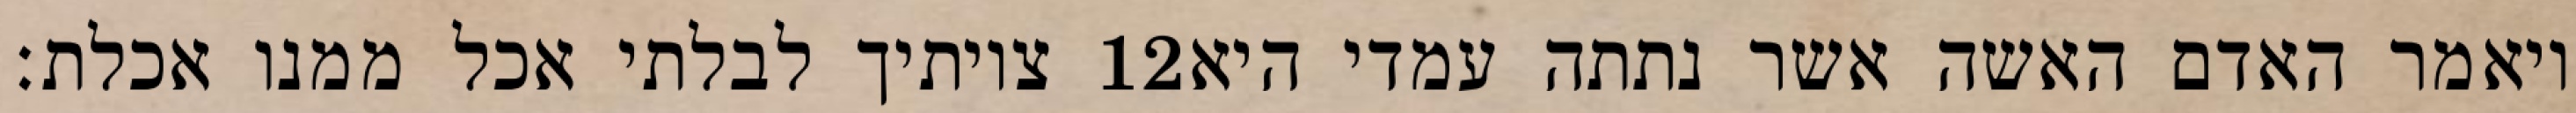
צויתיך לבלתי אכל ממנו אכלת׃ ‎12‏ ויאמר האדם האשה אשר נתתה עמדי היא